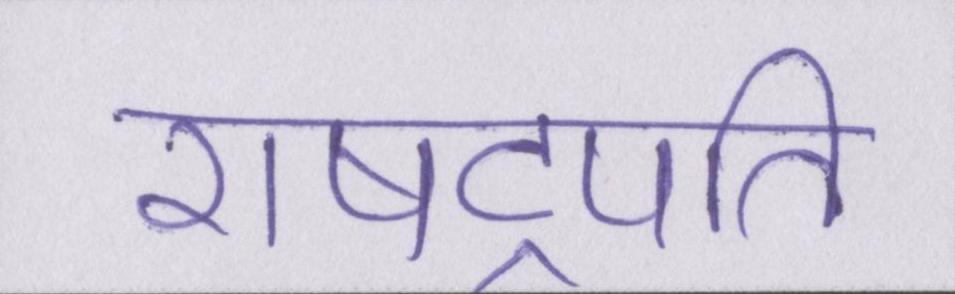
राषट्रपति